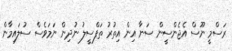
ރަސްމީ ނޫސް އެޖެންސީން ސަނާ އިން އިތުރު ތަފްސީލު ނުދިން ނަމަވެސް ސުލައިމާން